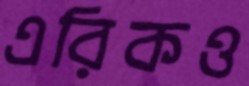
এরিকও